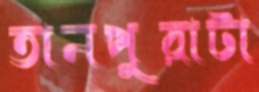
তানপুরাটা